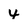
Character: 4